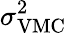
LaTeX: \sigma_{\mathrm{VMC}}^{2}